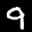
Label: 9